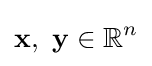
\mathbf {x} ,\ \mathbf {y} \in \mathbb {R} ^{n}